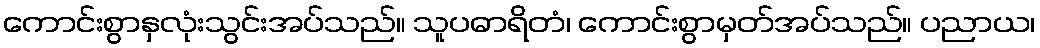
ကောင်းစွာနှလုံးသွင်းအပ်သည်။ သူပဓာရိတံ၊ ကောင်းစွာမှတ်အပ်သည်။ ပညာယ၊